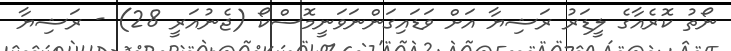
ނޯތު ކޮރެއާގެ ލީޑަރު ރަޝިޔާ އަށް ވަޑައިގަންނަވަނީމޮސްކޯ (ޖެނުއަރީ 28) - ރަޝިޔާ